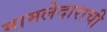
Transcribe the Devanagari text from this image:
मामलेदाराची